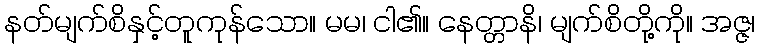
နတ်မျက်စိနှင့်တူကုန်သော။ မမ၊ ငါ၏။ နေတ္တာနိ၊ မျက်စိတို့ကို။ အဇ္ဇ၊